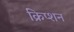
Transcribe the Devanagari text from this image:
क्रिप्शन